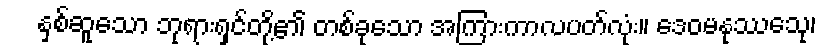
နှစ်ဆူသော ဘုရားရှင်တို့၏ တစ်ခုသော အကြားကာလပတ်လုံး။ ဒေဝမနုဿေသု၊